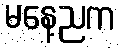
မနေ့ညက